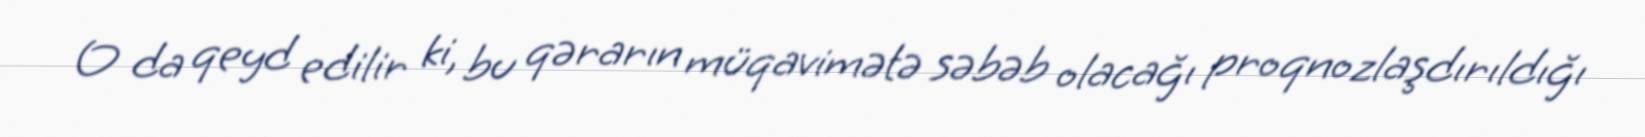
O da qeyd edilir ki, bu qərarın müqavimətə səbəb olacağı proqnozlaşdırıldığı